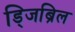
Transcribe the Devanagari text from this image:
ड्जिब्रिल